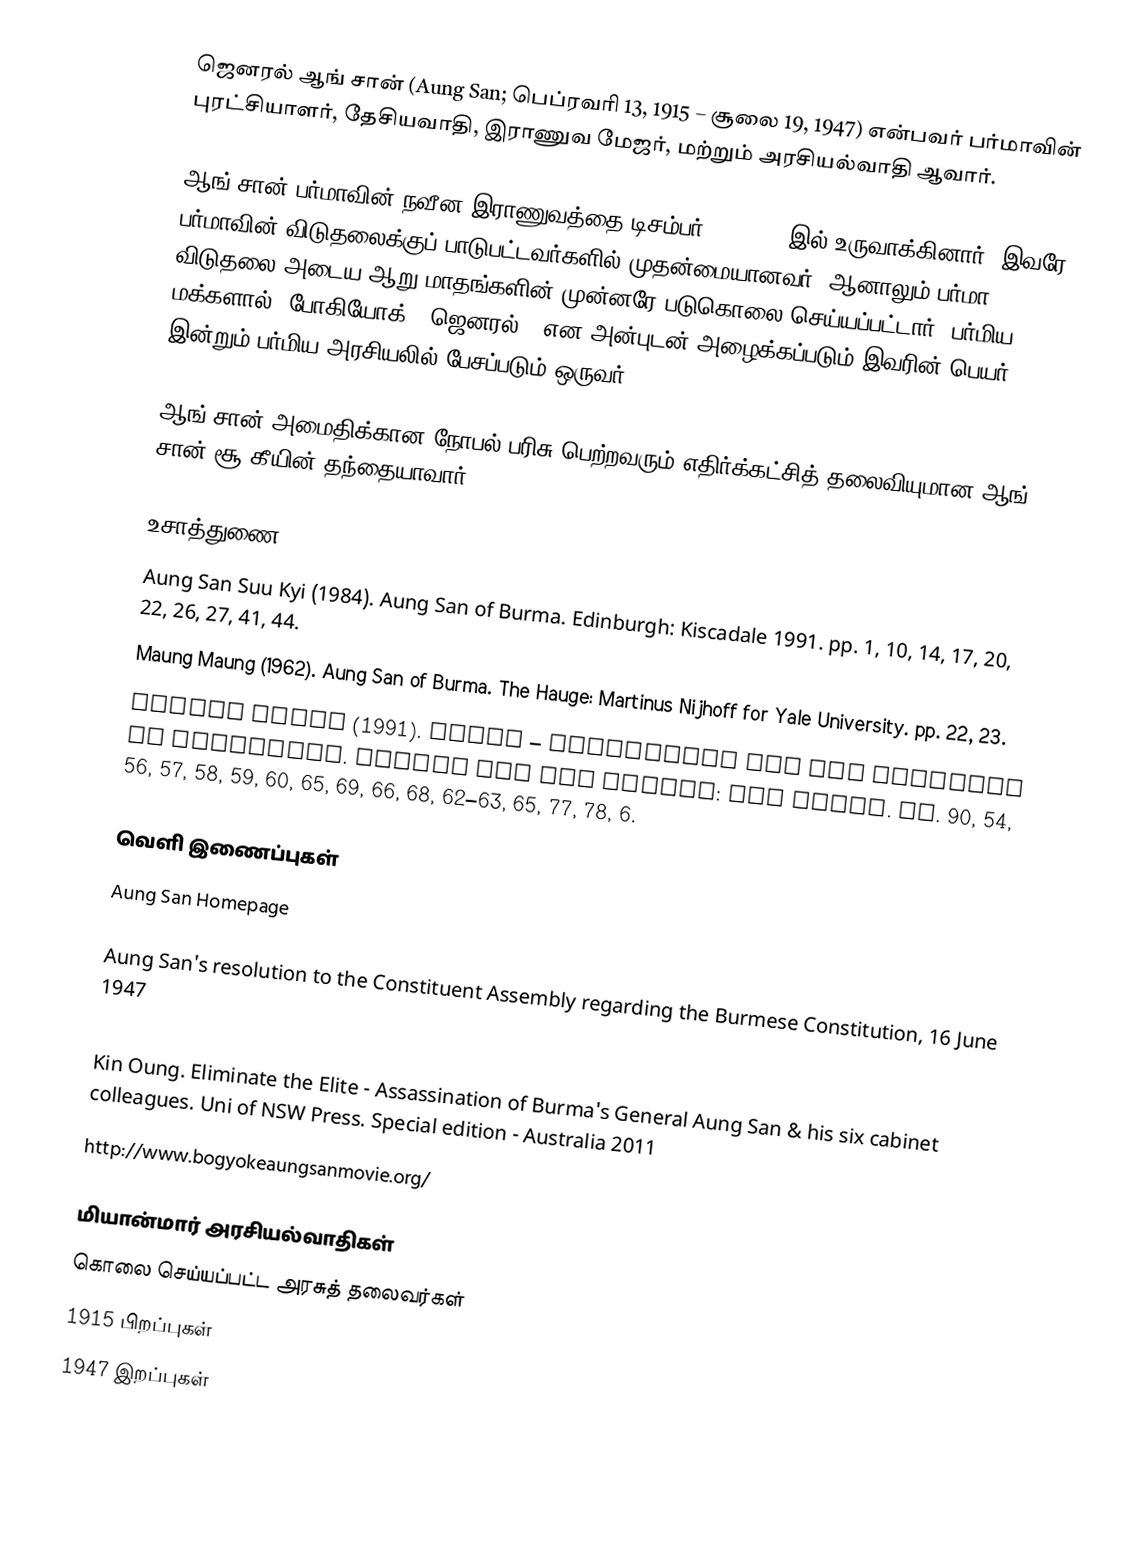
ஜெனரல் ஆங் சான் (Aung San; பெப்ரவரி 13, 1915 – சூலை 19, 1947) என்பவர் பர்மாவின் புரட்சியாளர், தேசியவாதி, இராணுவ மேஜர், மற்றும் அரசியல்வாதி ஆவார்.

ஆங் சான் பர்மாவின் நவீன இராணுவத்தை டிசம்பர் 26, 1942 இல் உருவாக்கினார். இவரே பர்மாவின் விடுதலைக்குப் பாடுபட்டவர்களில் முதன்மையானவர். ஆனாலும் பர்மா விடுதலை அடைய ஆறு மாதங்களின் முன்னரே படுகொலை செய்யப்பட்டார். பர்மிய மக்களால் "போகியோக்" (ஜெனரல்), என அன்புடன் அழைக்கப்படும் இவரின் பெயர் இன்றும் பர்மிய அரசியலில் பேசப்படும் ஒருவர்.

ஆங் சான் அமைதிக்கான நோபல் பரிசு பெற்றவரும் எதிர்க்கட்சித் தலைவியுமான ஆங் சான் சூ கீயின் தந்தையாவார்.

உசாத்துணை
 Aung San Suu Kyi (1984). Aung San of Burma. Edinburgh: Kiscadale 1991. pp. 1, 10, 14, 17, 20, 22, 26, 27, 41, 44.
 Maung Maung (1962). Aung San of Burma. The Hauge: Martinus Nijhoff for Yale University. pp. 22, 23.
 Martin Smith (1991). Burma – Insurgency and the Politics of Ethnicity. London and New Jersey: Zed Books. pp. 90, 54, 56, 57, 58, 59, 60, 65, 69, 66, 68, 62–63, 65, 77, 78, 6.

வெளி இணைப்புகள்
Aung San Homepage

 Aung San's resolution to the Constituent Assembly regarding the Burmese Constitution, 16 June 1947
  BBC documentary on YouTube, 19 July 1997
 Kin Oung. Eliminate the Elite - Assassination of Burma's General Aung San & his six cabinet colleagues. Uni of NSW Press. Special edition - Australia 2011
 http://www.bogyokeaungsanmovie.org/

மியான்மார் அரசியல்வாதிகள்
கொலை செய்யப்பட்ட அரசுத் தலைவர்கள்
1915 பிறப்புகள்
1947 இறப்புகள்